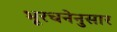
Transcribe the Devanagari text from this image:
भूरचनेनुसार